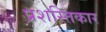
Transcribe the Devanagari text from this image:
प्रशस्तिकार